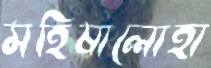
মহিষালোহা